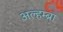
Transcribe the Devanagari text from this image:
अल्हम्ब्रा